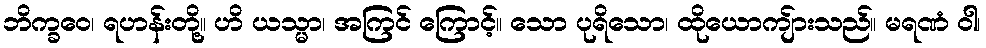
ဘိက္ခဝေ၊ ရဟန်းတို့။ ဟိ ယသ္မာ၊ အကြင် ကြောင့်။ သော ပုရိသော၊ ထိုယောကျ်ားသည်။ မရဏံ ဝါ၊